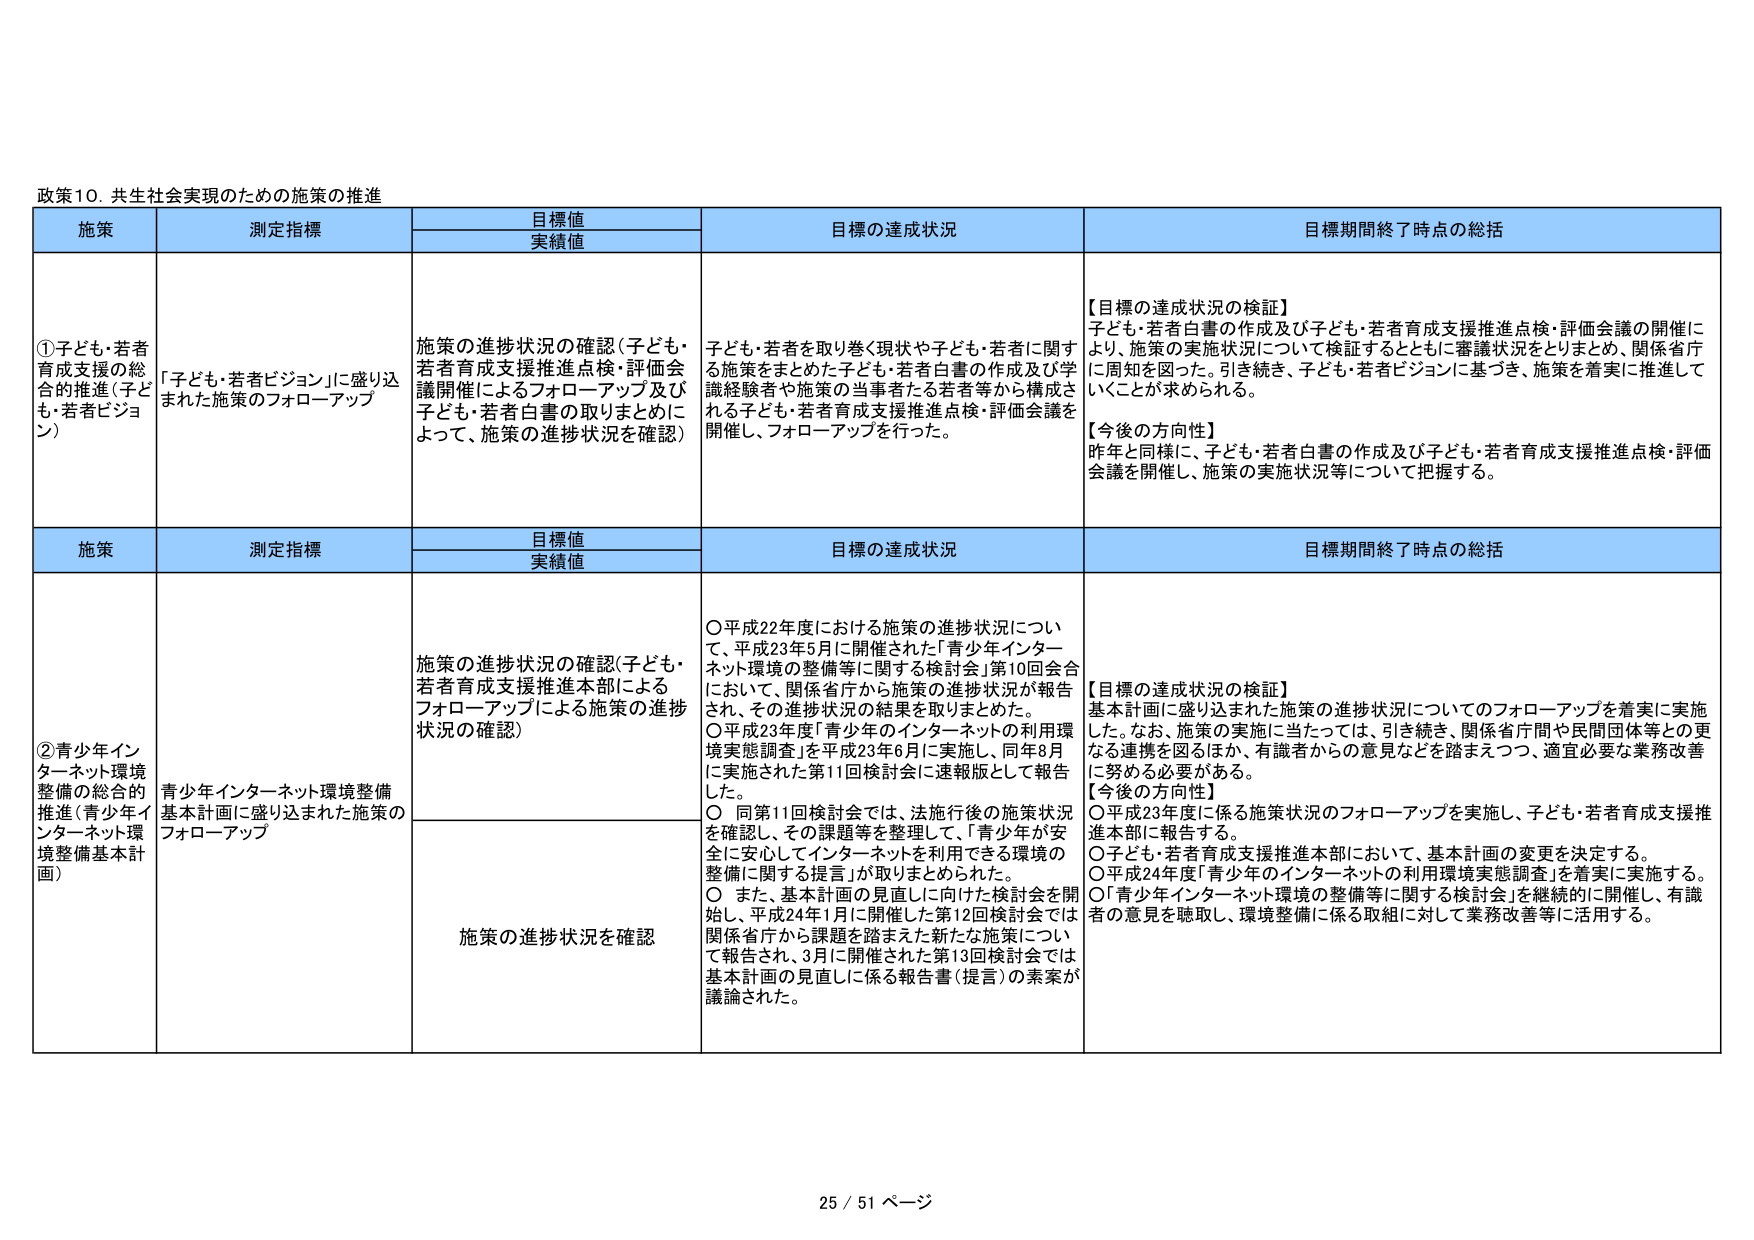
政策10. 共生社会実現のための施策の推進

施策	測定指標	目標値 実績値	目標の達成状況	目標期間終了時点の総括
①子ども・若者育成支援の総合的推進（子ども・若者ビジョン）	「子ども・若者ビジョン」に盛り込まれた施策のフォローアップ	施策の進捗状況の確認（子ども・若者育成支援推進点検・評価会議開催によるフォローアップ及び子ども・若者白書の取りまとめによって、施策の進捗状況を確認）	子ども・若者を取り巻く現状や子ども・若者に関する施策をまとめた子ども・若者白書の作成及び学識経験者や施策の当事者たる若者等から構成される子ども・若者育成支援推進点検・評価会議を開催し、フォローアップを行った。	【目標の達成状況の検証】
子ども・若者白書の作成及び子ども・若者育成支援推進点検・評価会議の開催により、施策の実施状況について検証するとともに審議状況をとりまとめ、関係省庁に周知を図った。引き続き、子ども・若者ビジョンに基づき、施策を着実に推進していくことが求められる。
【今後の方向性】
昨年と同様に、子ども・若者白書の作成及び子ども・若者育成支援推進点検・評価会議を開催し、施策の実施状況等について把握する。

施策	測定指標	目標値 実績値	目標の達成状況	目標期間終了時点の総括
②青少年インターネット環境整備の総合的推進（青少年インターネット環境整備基本計画）	青少年インターネット環境整備基本計画に盛り込まれた施策のフォローアップ	施策の進捗状況の確認（子ども・若者育成支援推進本部によるフォローアップによる施策の進捗状況の確認）	○平成22年度における施策の進捗状況について、平成23年5月に開催された「青少年インターネット環境の整備等に関する検討会」第10回会合において、関係省庁から施策の進捗状況が報告され、その進捗状況の結果を取りまとめた。
○平成23年度「青少年のインターネットの利用環境実態調査」を平成23年6月に実施し、同年8月に実施された第11回検討会に速報版として報告した。
○ 同第11回検討会では、法施行後の施策状況を確認し、その課題等を整理して、「青少年が安全に安心してインターネットを利用できる環境の整備に関する提言」が取りまとめられた。
○ また、基本計画の見直しに向けた検討会を開始し、平成24年1月に開催した第12回検討会では関係省庁から課題を踏まえた新たな施策について報告され、3月に開催された第13回検討会では基本計画の見直しに係る報告書（提言）の素案が議論された。	【目標の達成状況の検証】
基本計画に盛り込まれた施策の進捗状況についてのフォローアップを着実に実施した。なお、施策の実施に当たっては、引き続き、関係省庁間や民間団体等との更なる連携を図るほか、有識者からの意見などを踏まえつつ、適宜必要な業務改善に努める必要がある。
【今後の方向性】
○平成23年度に係る施策状況のフォローアップを実施し、子ども・若者育成支援推進本部に報告する。
○子ども・若者育成支援推進本部において、基本計画の変更を決定する。
○平成24年度「青少年のインターネットの利用環境実態調査」を着実に実施する。
○「青少年インターネット環境の整備等に関する検討会」を継続的に開催し、有識者の意見を聴取し、環境整備に係る取組に対して業務改善等に活用する。

25 / 51 ページ